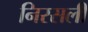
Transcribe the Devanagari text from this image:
निरसली